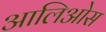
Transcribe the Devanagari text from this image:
आलिओस